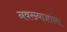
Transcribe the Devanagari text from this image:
नवख्याज्ञांना